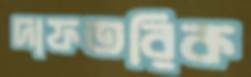
দাফতরিক